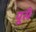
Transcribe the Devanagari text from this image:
पूसँ